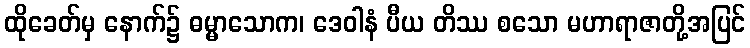
ထိုခေတ်မှ နောက်၌ ဓမ္မာသောက၊ ဒေဝါနံ ပီယ တိဿ စသော မဟာရာဇာတို့အပြင်